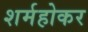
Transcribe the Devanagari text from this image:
शर्महोकर